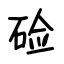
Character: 硷